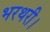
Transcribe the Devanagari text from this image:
भरथरी।